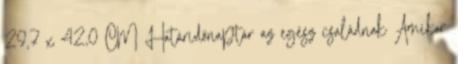
29,7 x 42,0 CM Határidőnaptár az egész családnak Amikor